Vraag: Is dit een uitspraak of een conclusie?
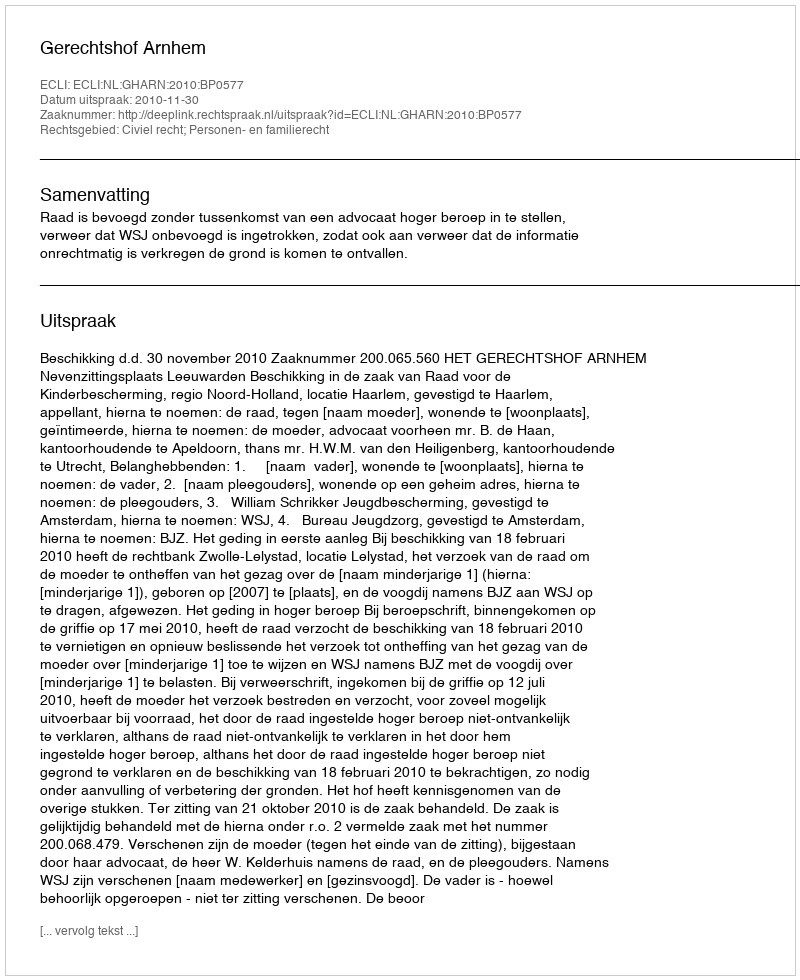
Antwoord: Uitspraak